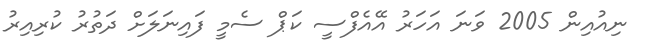
ނިއުއިން 2005 ވަނަ އަހަރު އޭއެފްސީ ކަޕް ސެމީ ފައިނަލަށް ދަތުރު ކުރިއިރު